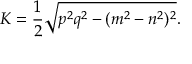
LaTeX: K = { \frac { 1 } { 2 } } { \sqrt { p ^ { 2 } q ^ { 2 } - ( m ^ { 2 } - n ^ { 2 } ) ^ { 2 } } } .